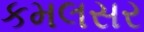
કમલસર